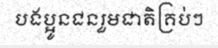
បងប្អូនជនរួមជាតិគ្រប់ៗ